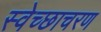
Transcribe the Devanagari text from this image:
स्वेच्छाचरण